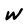
Character: W